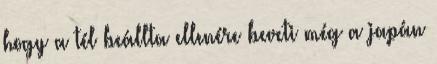
hogy a tél beállta ellenére beveti még a japán